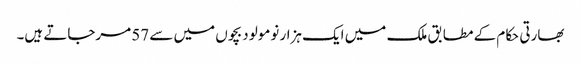
بھارتی حکام کے مطابق ملک میں ایک ہزار نومولود بچوں میں سے 57 مرجاتے ہیں۔